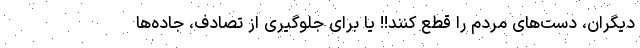
دیگران، دست‌های مردم را قطع کنند!! یا برای جلوگیری از تصادف، جاده‌ها